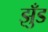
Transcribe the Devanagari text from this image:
झुँड